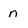
Character: n